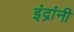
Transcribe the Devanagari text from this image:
इंद्रांनी